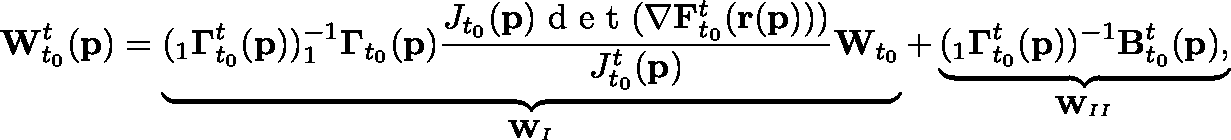
\mathbf { W } _ { t _ { 0 } } ^ { t } ( \mathbf { p } ) = \underbrace { ( _ { 1 } \mathbf { \Gamma } _ { t _ { 0 } } ^ { t } ( \mathbf { p } ) ) ^ { - 1 } _ { 1 } \mathbf { \Gamma } _ { t _ { 0 } } ( \mathbf { p } ) \frac { J _ { t _ { 0 } } ( \mathbf { p } ) \textup { d e t } ( \mathbf { \nabla } \mathbf { F } _ { t _ { 0 } } ^ { t } ( \mathbf { r } ( \mathbf { p } ) ) ) } { J _ { t _ { 0 } } ^ { t } ( \mathbf { p } ) } \mathbf { W } _ { t _ { 0 } } } _ { \mathbf { W } _ { I } } + \underbrace { { ( _ { 1 } \mathbf { \Gamma } _ { t _ { 0 } } ^ { t } } ( \mathbf { p } ) ) ^ { - 1 } \mathbf { B } _ { t _ { 0 } } ^ { t } ( \mathbf { p } ) , } _ { \mathbf { W } _ { I I } }